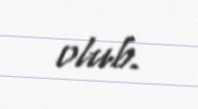
olub.